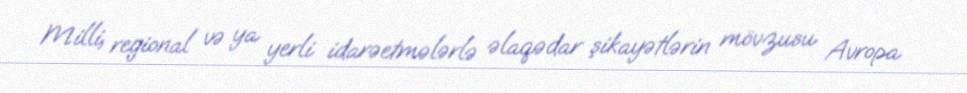
Milli, regional və ya yerli idarəetmələrlə əlaqədar şikayətlərin mövzusu Avropa